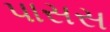
પાસસ